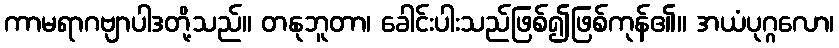
ကာမရာဂဗျာပါဒတို့သည်။ တနုဘူတာ၊ ခေါင်းပါးသည်ဖြစ်၍ဖြစ်ကုန်၏။ အယံပုဂ္ဂလော၊